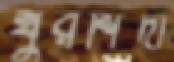
খুরশিদা